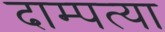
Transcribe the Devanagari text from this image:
दाम्पत्या